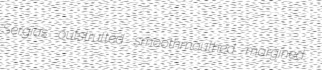
Sergias outstrutted smoothmouthed margined